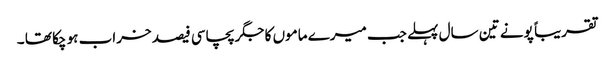
تقریبا ً پونے تین سال پہلے جب میرے ماموں کا جگر پچاسی فیصد خراب ہو چکا تھا ۔